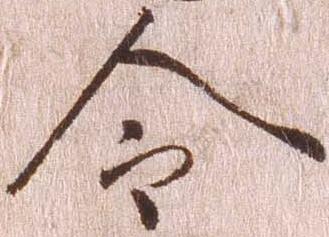
令